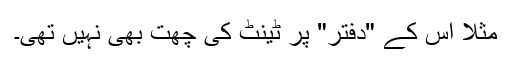
مثلًا اس کے "دفتر" پر ٹینٹ کی چھت بھی نہیں تھی۔